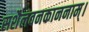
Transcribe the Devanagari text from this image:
सशैलवनकाननाम्।